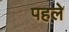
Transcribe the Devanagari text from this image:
पहले